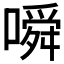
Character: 𫫰